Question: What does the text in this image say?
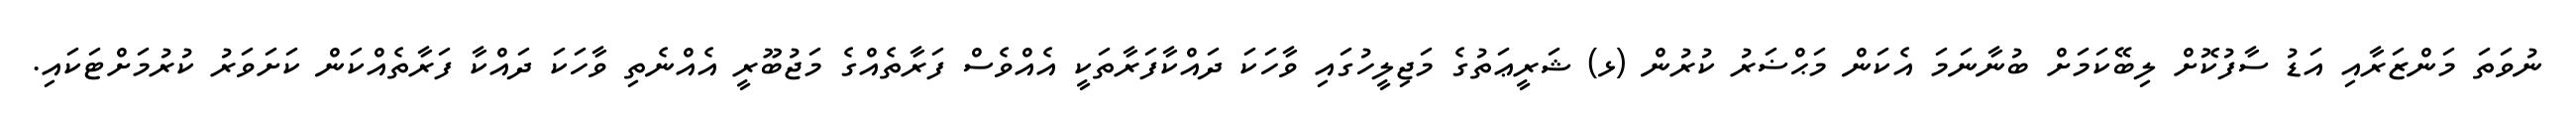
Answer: ނުވަތަ މަންޒަރާއި އަޑު ސާފުކޮށް ލިބޭކަމަށް ބުނާނަމަ އެކަން މަޙްޟަރު ކުރުން (ޅ) ޝަރީޢަތުގެ މަޖިލީހުގައި ވާހަކަ ދައްކާފަރާތަކީ އެއްވެސް ފަރާތެއްގެ މަޖުބޫރީ އެއްނެތި ވާހަކަ ދައްކާ ފަރާތެއްކަން ކަށަވަރު ކުރުމަށްޓަކައި.